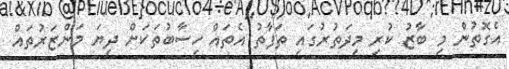
އެގޮތުން މި ބާޒު ކުރި މިދަތުރުގައި ތަފާތު އެތައް ހިސާބުތަކަށް ދިޔަ މަންޒަރުތައް